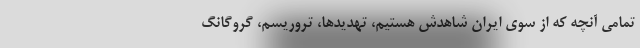
تمامی آنچه که از سوی ایران شاهدش هستیم، تهدیدها، تروریسم، گروگانگ